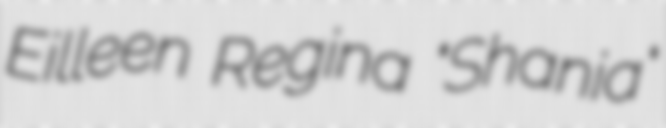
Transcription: Eilleen Regina "Shania"